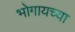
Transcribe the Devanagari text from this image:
भोगायच्या